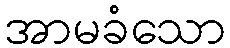
အာမခံသော